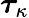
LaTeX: \boldsymbol{\tau}_{\kappa}